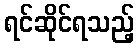
ရင်ဆိုင်ရသည့်